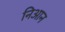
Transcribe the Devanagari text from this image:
निआन